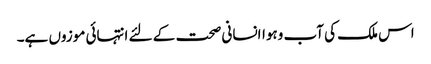
اس ملک کی آب وہواانسانی صحت کے لئے انتہائی موزوں ہے۔